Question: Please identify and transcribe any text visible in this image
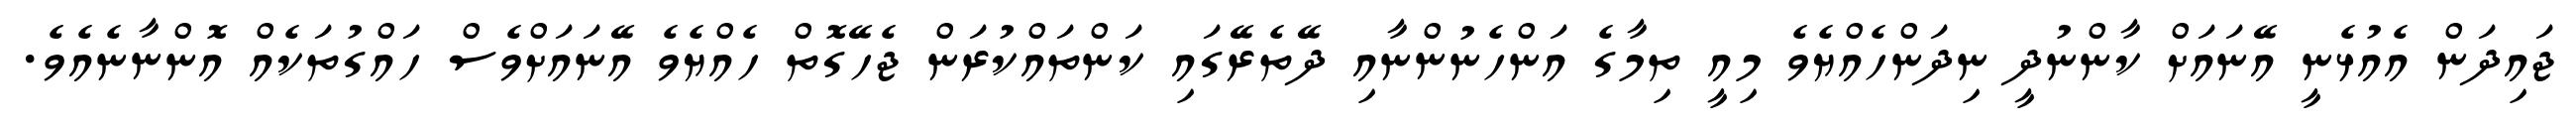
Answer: ޖައިދަން އެއުޅެނީ އޭނައަށް ކާންނުދީ ނިދަންހެއްޔެވެ މިއީ ތިމާގެ އަންހެނުންނާއި ދޭތެރޭގައި ކަންތައްކުރަން ޖެހޭގޮތް ހެއްޔެވެ އޭނައަށްވެސް ހައްގުތަކެއް އޮންނާނެއެވެ.